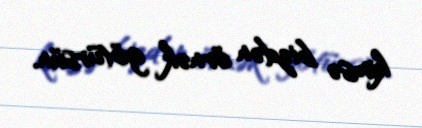
kimsə bizdən örnək götürsün.